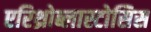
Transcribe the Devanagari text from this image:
एरिथ्रोब्लास्टोसिस